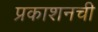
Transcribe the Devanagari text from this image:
प्रकाशनची